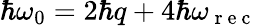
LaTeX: \hbar\omega_{0}=2\hbar q+4\hbar\omega_{\mathrm{~r~e~c~}}